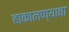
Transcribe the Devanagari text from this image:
हाकालण्याचा